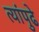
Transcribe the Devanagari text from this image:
त्यांपुढे